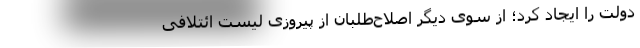
دولت را ایجاد کرد؛ از سوی دیگر اصلاح‌طلبان از پیروزی لیست ائتلافی